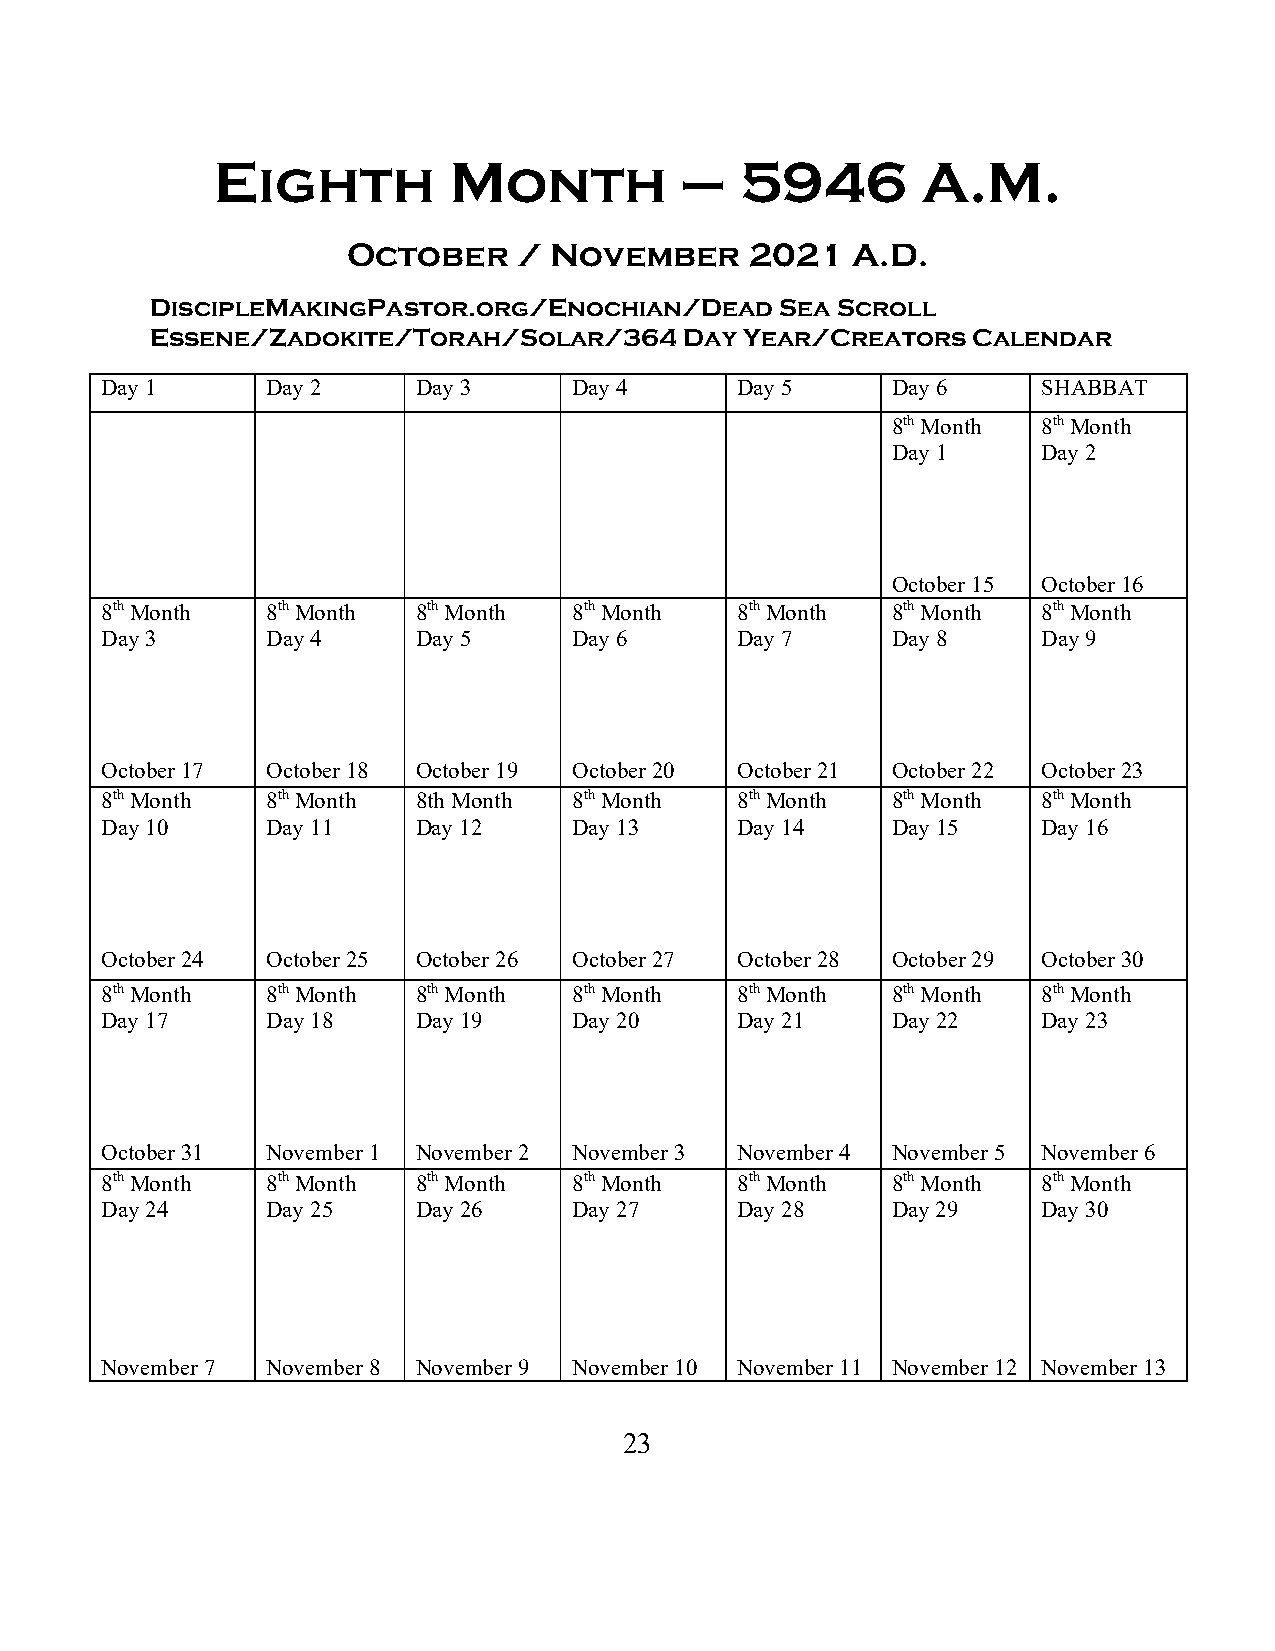
Eighth          Month          –   5946        A.M.
 October    / November      2021  A.D.
 DiscipleMakingPastor.org/Enochian/Dead    Sea Scroll
 Essene/Zadokite/Torah/Solar/364    Day Year/Creators  Calendar
 Day 1      Day 2     Day 3     Day 4      Day 5     Day 6     SHABBAT
 8th Month 8th Month
 Day 1     Day 2
 October 15 October 16
 8th Month  8th Month 8th Month 8th Month  8th Month 8th Month 8th Month
 Day 3      Day 4     Day 5     Day 6      Day 7     Day 8     Day 9
 October 17 October 18 October 19 October 20 October 21 October 22 October 23
 8th Month  8th Month 8th Month 8th Month  8th Month 8th Month 8th Month
 Day 10     Day 11    Day 12    Day 13     Day 14    Day 15    Day 16
 October 24 October 25 October 26 October 27 October 28 October 29 October 30
 8th Month  8th Month 8th Month 8th Month  8th Month 8th Month 8th Month
 Day 17     Day 18    Day 19    Day 20     Day 21    Day 22    Day 23
 October 31 November 1 November 2 November 3 November 4 November 5 November 6
 8th Month  8th Month 8th Month 8th Month  8th Month 8th Month 8th Month
 Day 24     Day 25    Day 26    Day 27     Day 28    Day 29    Day 30
 November 7 November 8 November 9 November 10 November 11 November 12 November 13
 23